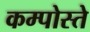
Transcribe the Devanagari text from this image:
कम्पोस्ते